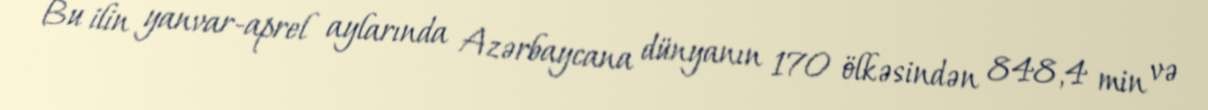
Bu ilin yanvar-aprel aylarında Azərbaycana dünyanın 170 ölkəsindən 848,4 min və